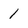
Character: 1